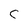
Character: c